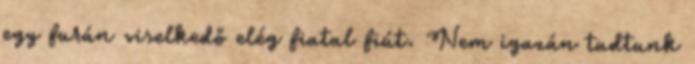
egy furán viselkedő elég fiatal fiút. Nem igazán tudtunk